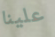
علينا